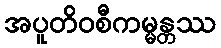
အပူတိဝစီကမ္မန္တဿ